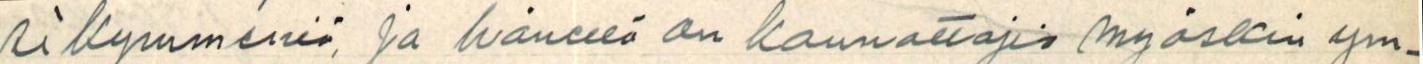
sikymmeniä ja hänellä on kannattajia myöskin ym-